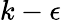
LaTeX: k-\epsilon